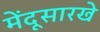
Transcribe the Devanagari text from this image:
मेंदूसारखे